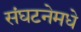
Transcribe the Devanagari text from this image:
संघटनेमधे